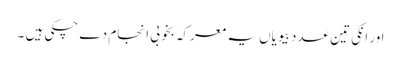
اور انکی تین عدد بیویاں یہ معرکہ بخوبی انجام دے چکی ہیں ۔